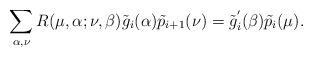
LaTeX: \begin{align*}\sum_{\alpha,\nu} R(\mu,\alpha;\nu,\beta)\tilde{g}_i(\alpha) \tilde{p}_{i+1}(\nu)=\tilde{g}_{i}^{'}(\beta) \tilde{p}_i(\mu). \end{align*}